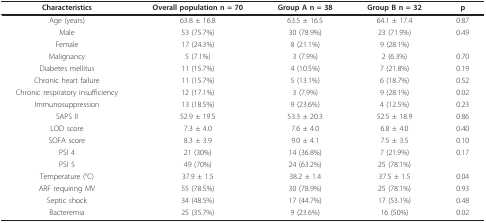
| Characteristics | Overall population n = 70 | Group A n = 38 | Group B n = 32 | p |
 | --- | --- | --- | --- | --- |
 | Age (years) | 63.8 ± 16.8 | 63.5 ± 16.5 | 64.1 ± 17.4 | 0.87 |
 | Male | 53 (75.7%) | 30 (78.9%) | 23 (71.9%) | 0.49 |
 | Female | 17 (24.3%) | 8 (21.1%) | 9 (28.1%) |  |
 | Malignancy | 5 (7.1%) | 3 (7.9%) | 2 (6.3%) | 0.70 |
 | Diabetes mellitus | 11 (15.7%) | 4 (10.5%) | 7 (21.8%) | 0.19 |
 | Chronic heart failure | 11 (15.7%) | 5 (13.1%) | 6 (18.7%) | 0.52 |
 | Chronic respiratory insufficiency | 12 (17.1%) | 3 (7.9%) | 9 (28.1%) | 0.02 |
 | Immunosuppression | 13 (18.5%) | 9 (23.6%) | 4 (12.5%) | 0.23 |
 | SAPS II | 52.9 ± 19.5 | 53.3 ± 20.3 | 52.5 ± 18.9 | 0.86 |
 | LOD score | 7.3 ± 4.0 | 7.6 ± 4.0 | 6.8 ± 4.0 | 0.40 |
 | SOFA score | 8.3 ± 3.9 | 9.0 ± 4.1 | 7.5 ± 3.5 | 0.10 |
 | PSI 4 | 21 (30%) | 14 (36.8%) | 7 (21.9%) | 0.17 |
 | PSI 5 | 49 (70%) | 24 (63.2%) | 25 (78.1%) |  |
 | Temperature (°C) | 37.9 ± 1.5 | 38.2 ± 1.4 | 37.5 ± 1.5 | 0.04 |
 | ARF requiring MV | 55 (78.5%) | 30 (78.9%) | 25 (78.1%) | 0.93 |
 | Septic shock | 34 (48.5%) | 17 (44.7%) | 17 (53.1%) | 0.48 |
 | Bacteremia | 25 (35.7%) | 9 (23.6%) | 16 (50%) | 0.02 |